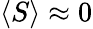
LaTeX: \langle S\rangle\approx 0